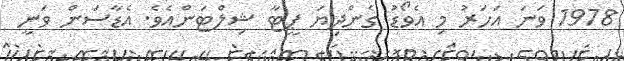
1978 ވަނަ އަހަރު މި އެވޯޑު ގެންދިޔަ ޕީޓާ ޝިލްޓަންއެވެ. އެޑާސަން ވަނީ